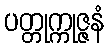
ပတ္တုက္ကုဇ္ဇနံ